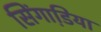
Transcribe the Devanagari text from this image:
सिंगाडि़या